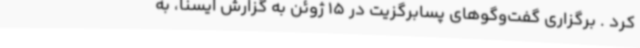
کرد .‌ برگزاری گفت‌وگوهای پسابرگزیت در 15 ژوئن به گزارش ایسنا، به